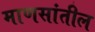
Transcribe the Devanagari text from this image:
माणसांतील